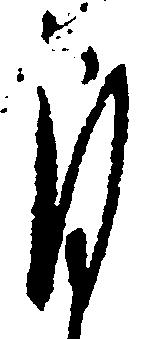
自